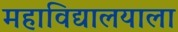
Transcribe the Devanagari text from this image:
महाविद्यालयाला